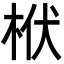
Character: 栿